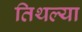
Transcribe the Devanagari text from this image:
तिथल्या